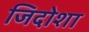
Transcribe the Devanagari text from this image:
जिदोशा